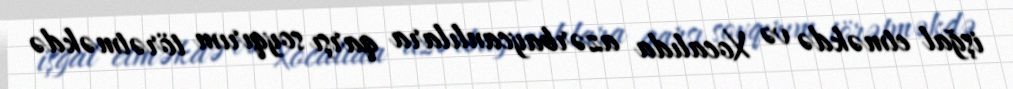
işğal etməkdə və Xocalıda azərbaycanlılara qarşı soyqırım törətməkdə